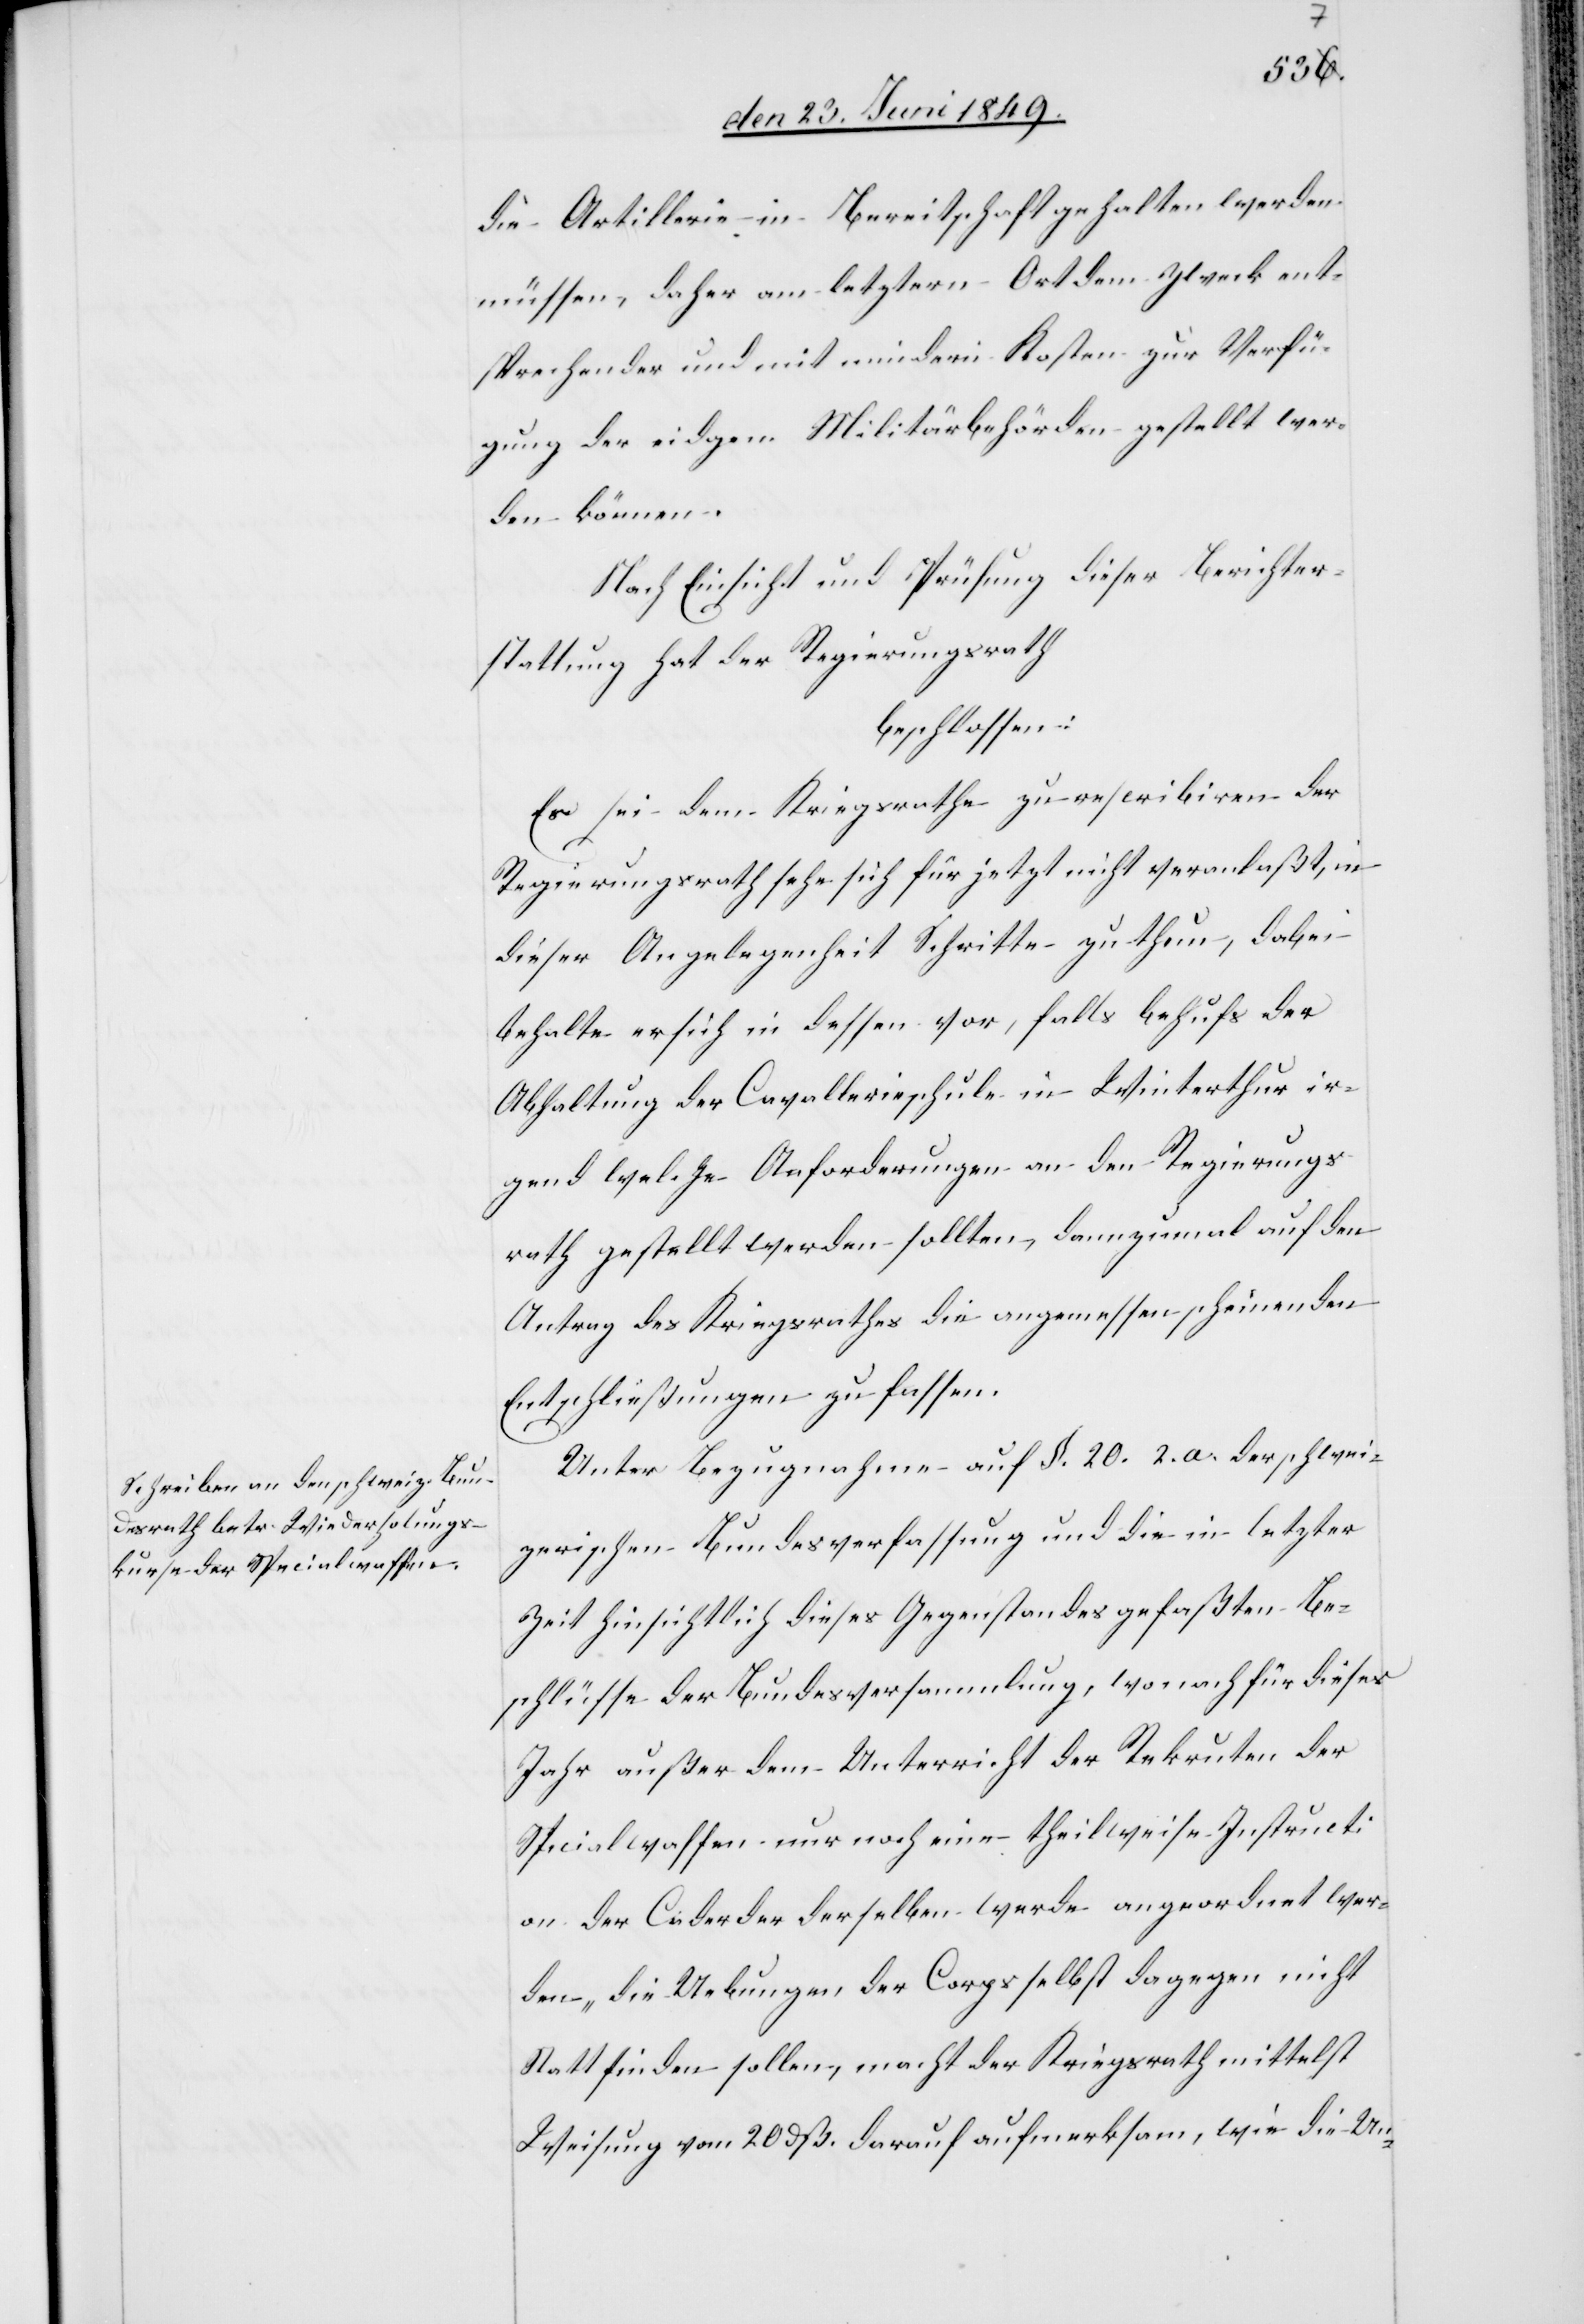
die Artillerie in Bereitschaft gehalten werden
müssen, daher am letztern Ort dem Zweck ent¬
sprechender und mit mindern Kosten zur Verfü¬
gung der eidgen. Militärbehörden gestellt wer¬
den können.
Nach Einsicht und Prüfung dieser Berichter¬
stattung hat der Regierungsrath
beschlossen:
Es sei dem Kriegsrathe zu rescribiren der
Regierungsrath sehe sich für jetzt nicht veranlaßt, in
dieser Angelegenheit Schritte zu thun, dabei
behalte er sich in dessen vor, falls behufs der
Abhaltung der Cavallerieschule in Winterthur ir¬
gend welche Anforderungen an den Regierungs¬
rath gestellt werden sollten, dannzumal auf den
Antrag des Kriegsrathes die angemessen scheinenden
Entschließungen zu fassen.
Unter Bezugnahme auf §. 20. 2. a. der schwei¬
zerischen Bundesverfassung und die in letzter
Zeit hinsichtlich dieses Gegenstandes gefaßten Be¬
schlüsse der Bundesversammlung, wonach für dieses
Jahr außer dem Unterricht der Rekruten der
Specialwaffen nur noch eine theilweise Instruct¬
ion der Cader der derselben [sic!] werde angeordnet wer¬
den – die Uebungen der Corps selbst dagegen nicht
statt finden sollen, macht der Kriegsrath mittelst
Weisung vom 20 dß. darauf aufmerksam, wie die Un-